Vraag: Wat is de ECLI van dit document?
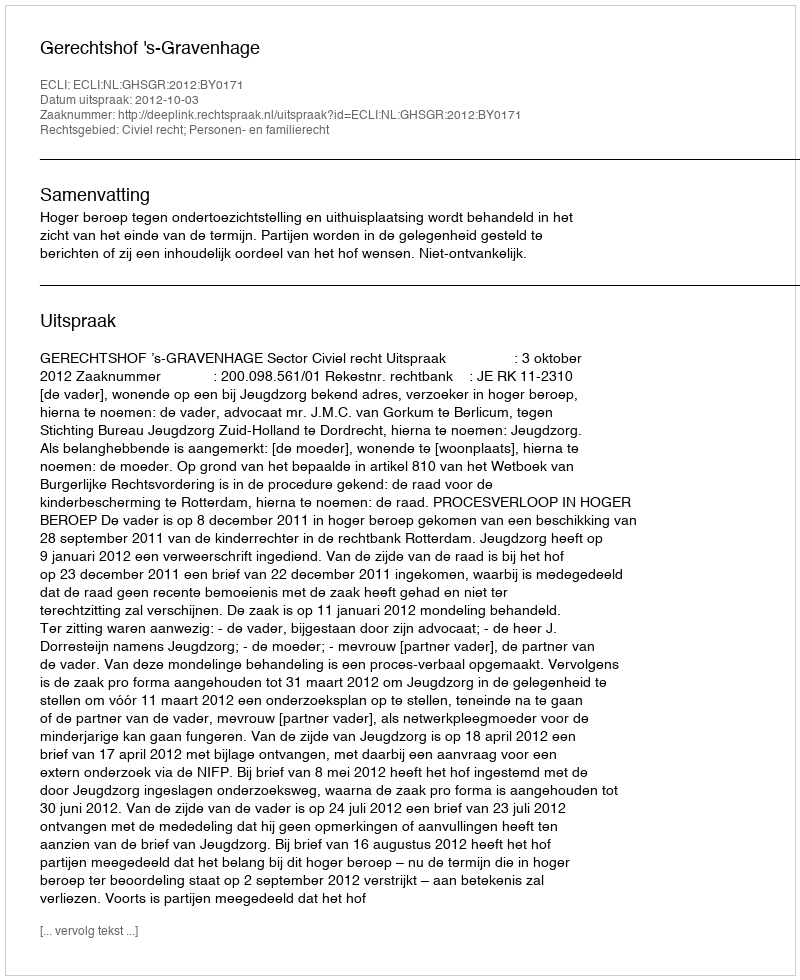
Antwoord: ECLI:NL:GHSGR:2012:BY0171